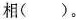
相()。